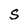
Character: S